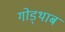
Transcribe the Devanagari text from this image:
गोड्थाब